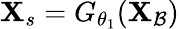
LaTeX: \mathbf{X}_{s}=G_{\theta_{1}}(\mathbf{X}_{\mathcal{B}})